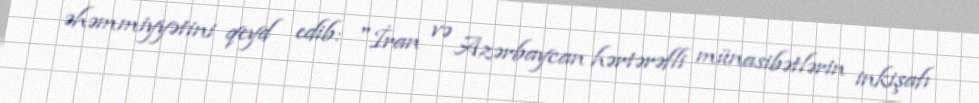
əhəmmiyyətini qeyd edib: "İran və Azərbaycan hərtərəfli münasibətlərin inkişafı